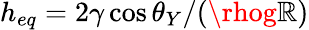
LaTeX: h_{eq}=2\gamma\cos\theta_{Y}/(\rhog\mathbb{R})